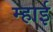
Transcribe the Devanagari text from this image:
म्हाई